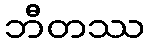
ဘီတဿ